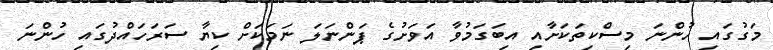
މަގުގައި ހުންނަ މިސްކިތަކަށާއި އިބަގަމުވާ އަވަށުގެ ޕަންނަލަ ނަމަކަށް ކިޔާ ސަރަހައްދުގައި ހުންނަ